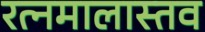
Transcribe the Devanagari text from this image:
रत्नमालास्तव